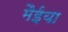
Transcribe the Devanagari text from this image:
मैईया